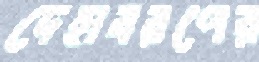
দেহাবরণের